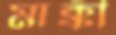
মাক্কী